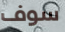
سوف